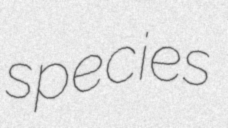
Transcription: species